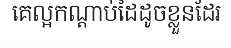
គេល្អកណ្តាប់ដៃដូចខ្លួនដែរ